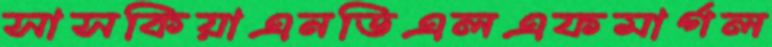
সাসকিয়াএনডিএলএফমার্গল